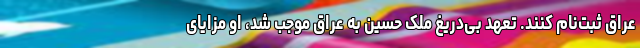
عراق ثبت‌نام کنند. تعهد بی‌دریغ ملک حسین به عراق موجب شد، او مزایای